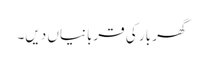
گھر بار کی قربانیاں دیں۔